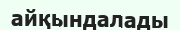
айқындалады